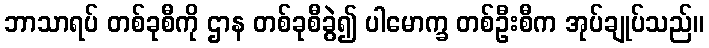
ဘာသာရပ် တစ်ခုစီကို ဌာန တစ်ခုစီခွဲ၍ ပါမောက္ခ တစ်ဦးစီက အုပ်ချုပ်သည်။